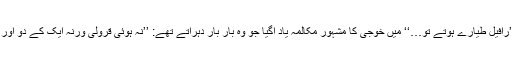
مودی صاحب کے ’’رافیل طیارے ہوتے تو…‘‘ میں خوجی کا مشہور مکالمہ یاد آگیا جو وہ بار بار دہراتے تھے: ’’نہ ہوئی قرولی ورنہ ایک کے دو اور دو کے چار کردیتا!